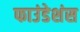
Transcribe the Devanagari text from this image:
फाउंडेशंस